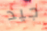
جيد